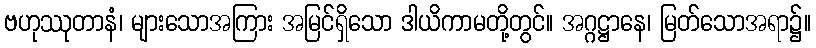
ဗဟုဿုတာနံ၊ များသောအကြား အမြင်ရှိသော ဒါယိကာမတို့တွင်။ အဂ္ဂဋ္ဌာနေ၊ မြတ်သောအရာ၌။